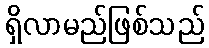
ရှိလာမည်ဖြစ်သည်